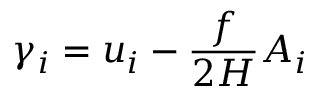
\gamma _ { i } = u _ { i } - \frac { f } { 2 H } A _ { i }